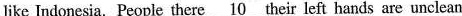
like Indonesia. People there \underline{10} their left hands are unclean